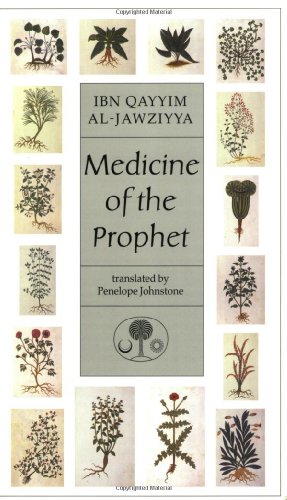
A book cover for Medicine of the Prophet (Islamic Texts Society); Ibn Qayyim al-Jawziyya; Religion & Spirituality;